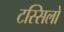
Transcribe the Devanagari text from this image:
टस्सिलो